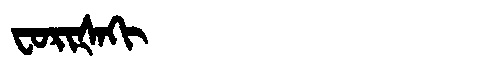
Manchu: ᠸᠣᡵᡳᡧᠠᡴᡳ
Romanization: FORIŠAKI